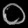
Digit: ၀